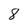
Character: 8